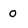
Character: 0